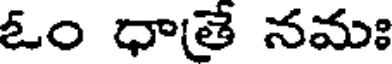
ఓం ధాతే నమః